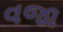
વજા